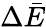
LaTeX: \Delta\bar{E}